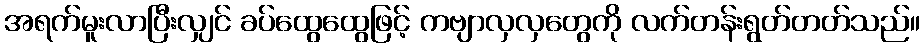
အရက်မူးလာပြီးလျှင် ခပ်ထွေထွေဖြင့် ကဗျာလှလှတွေကို လက်တန်းရွတ်တတ်သည်။